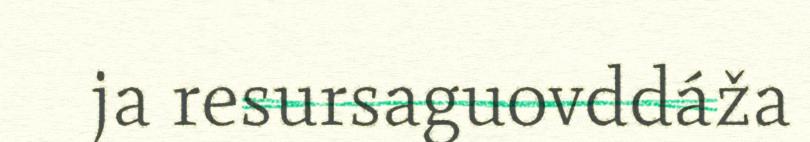
ja resursaguovddáža